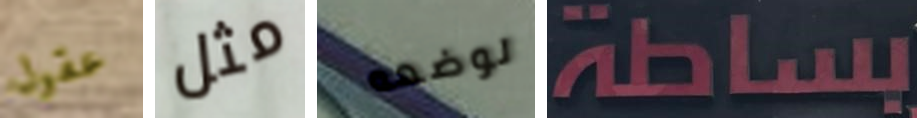
عقول مثل لوضعه بساطة